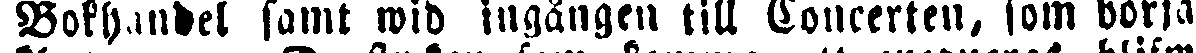
Bokhandel samt wid ingången till Coucerten, som börja